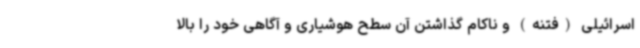
اسرائیلی (فتنه) و ناکام گذاشتن آن سطح هوشیاری و آگاهی خود را بالا